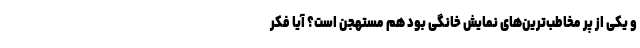
و یکی از پر مخاطب‌ترین‌های نمایش خانگی بود هم مستهجن است؟ آیا فکر